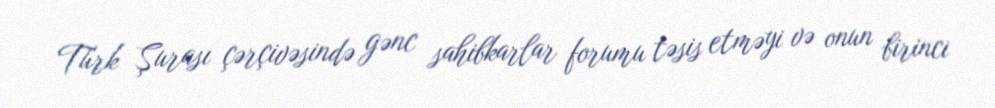
Türk Şurası çərçivəsində gənc sahibkarlar forumu təsis etməyi və onun birinci